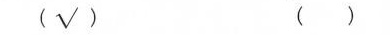
（√） （ ）